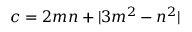
c = 2 m n + | 3 m ^ { 2 } - n ^ { 2 } |